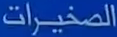
المشخيرات